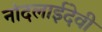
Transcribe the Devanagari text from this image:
नांदलाईदेवी